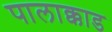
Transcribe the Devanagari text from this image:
पालाक्काड